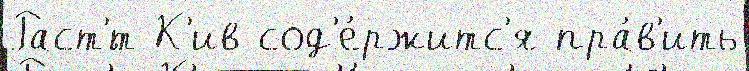
Раст'́т К'ив сод'е́ржитс'я пра́в'ить